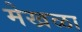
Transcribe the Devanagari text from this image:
मेखळा